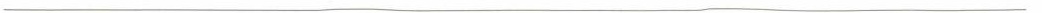
___